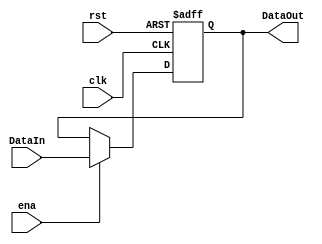
`timescale 1ns / 1ps
//////////////////////////////////////////////////////////////////////////////////




module Reg8bits(input clk,input rst,input ena,input [7:0] DataIn,output reg [7:0] DataOut);


always @(negedge clk, posedge rst)
	begin
		if (rst)
			DataOut = 8'b0;
		else
			begin
				if (ena)
					DataOut = DataIn;
			end
	end
endmodule